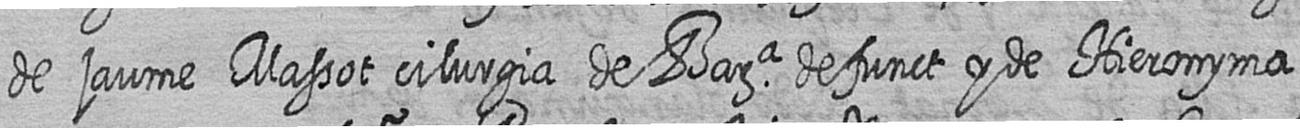
de jaume Massot cilurgia de Bara defunct y de Hieronyma